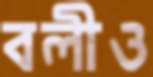
বলীও